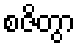
စဇိတွာ